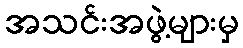
အသင်းအဖွဲ့များမှ